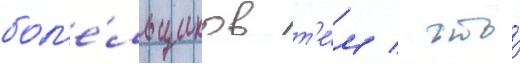
бол'е́льщиков т'е́м / что́